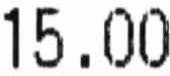
15.00